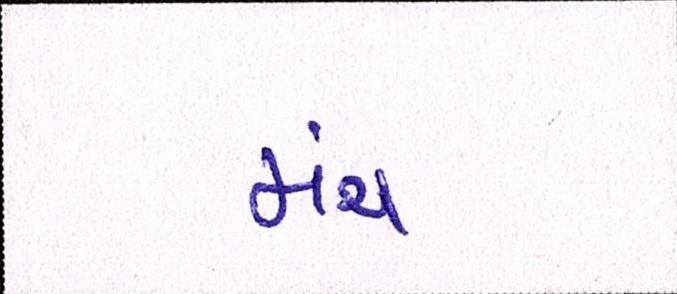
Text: મંચ